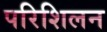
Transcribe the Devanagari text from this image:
परिशिलन